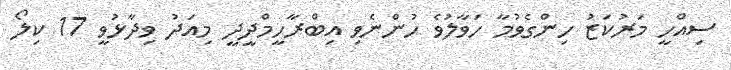
ސިއްހީ މަރުކަޒު ހިންގެވުމާ ހަވާލުވެ ހުންނެވި އިބްރާހީމްދީދީ މިއަދު ވިދާޅުވީ 17 ކިލޯ